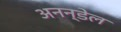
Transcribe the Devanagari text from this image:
अनन्डेल